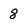
Character: 8